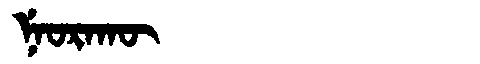
Manchu: ᠨᡝᠣᡵᠠᡴᡡ
Romanization: NEORAKŪ